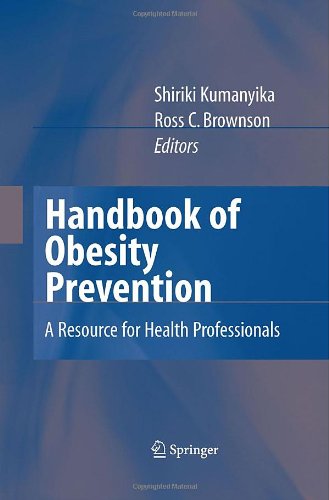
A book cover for Handbook of Obesity Prevention: A Resource for Health Professionals; Medical Books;